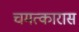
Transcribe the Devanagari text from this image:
चमत्कारास